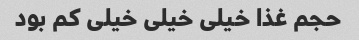
حجم غذا خیلی خیلی خیلی کم بود